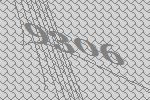
9306